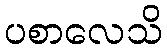
ပစာလေသိ